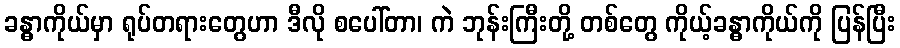
ခန္ဓာကိုယ်မှာ ရုပ်တရားတွေဟာ ဒီလို စပေါ်တာ၊ ကဲ ဘုန်းကြီးတို့ တစ်တွေ ကိုယ့်ခန္ဓာကိုယ်ကို ပြန်ပြီး